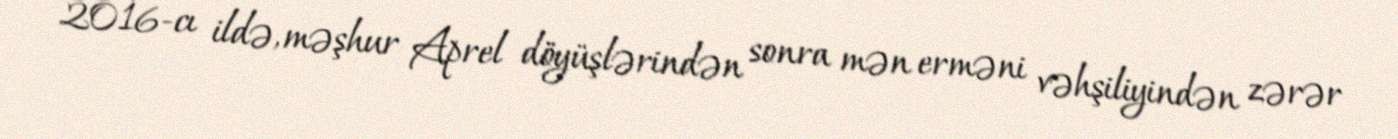
2016-cı ildə, məşhur Aprel döyüşlərindən sonra mən erməni vəhşiliyindən zərər